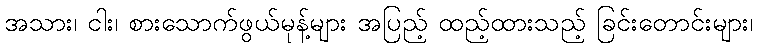
အသား၊ ငါး၊ စားသောက်ဖွယ်မုန့်များ အပြည့် ထည့်ထားသည့် ခြင်းတောင်းများ၊